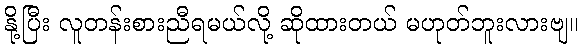
နို့ပြီး လူတန်းစားညီရမယ်လို့ ဆိုထားတယ် မဟုတ်ဘူးလားဗျ။